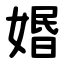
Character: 㛰